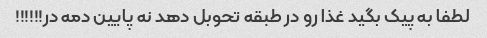
لطفا به پیک بگید غذا رو در طبقه تحوبل دهد نه پایین دمه در!!!!!!